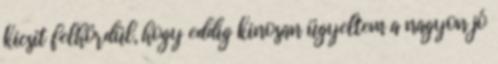
kicsit felhördül, hogy eddig kinosan ügyeltem a nagyon jó